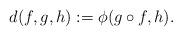
LaTeX: \begin{align*}d(f,g,h):=\phi (g\circ f,h). \end{align*}